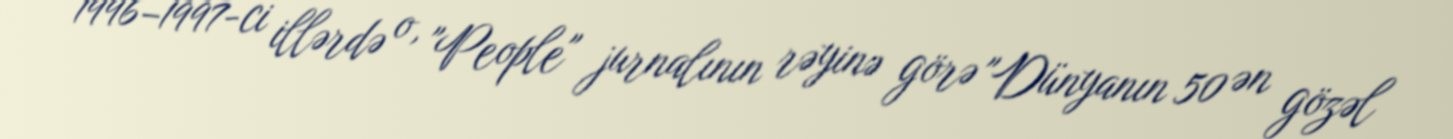
1996–1997-ci illərdə o, "People" jurnalının rəyinə görə "Dünyanın 50 ən gözəl